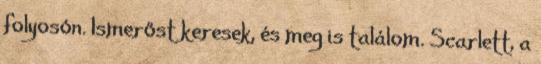
folyosón. Ismerőst keresek, és meg is találom. Scarlett, a